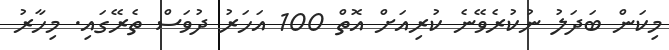
މިކަން ބަދަލު ނުކުރެވޭނެ ކުރިއަށް އޮތް 100 އަހަރު ދުވަސް ތެރޭގައި. މިހާރު